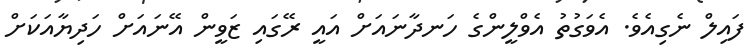
ފައިލް ނެގިއެވެ. އެވަގުތު އެވްލީންގެ ހަނދާނައަށް އައީ ރޭގައި ޒަވީން އޭނައަށް ހަދިޔާއަކަށް